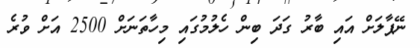
ނޭޕާލަށް އައި ބާރު ގަދަ ބިން ހެލުމުގައި މިހާތަނަށް 2500 އަށް ވުރެ